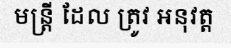
មន្ត្រី ដែល ត្រូវ អនុវត្ត